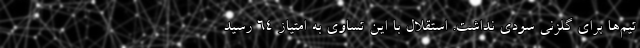
تیم‌ها برای گلزنی سودی نداشت. استقلال با این تساوی به امتیاز ۶۴ رسید